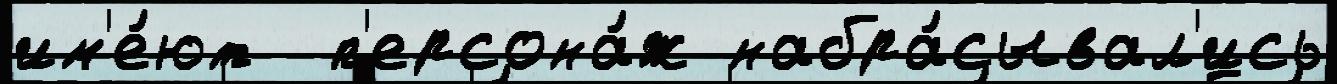
им'е́ют  п'ерсона́ж набра́сывал'ись